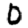
Digit: 0